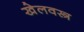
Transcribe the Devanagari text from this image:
खेलवस्त्र